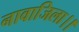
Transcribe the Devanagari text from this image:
नावाजिला।।